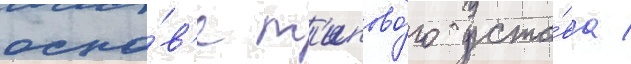
осно́в'е т'ипово́го уста́ва /